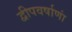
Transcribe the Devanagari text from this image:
द्वीपवर्षाणां